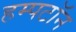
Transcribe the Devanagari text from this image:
हम्पटॉन